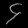
Digit: ၄